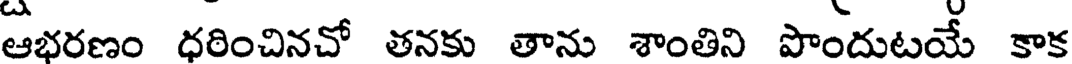
ఆభరణం ధరించినచో తనకు తాను శాంతిని పొందుటయే కాక